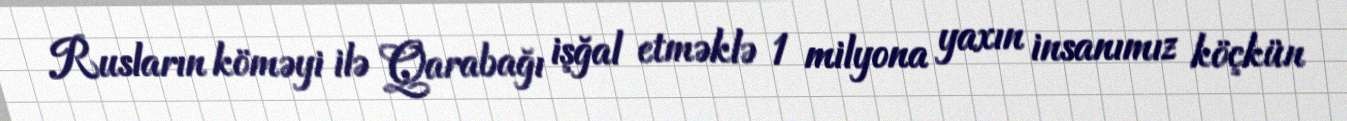
Rusların köməyi ilə Qarabağı işğal etməklə 1 milyona yaxın insanımız köçkün